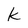
Character: k